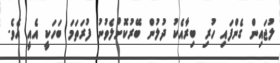
ލުޖައިން ގެންފައި ހުރި ބިރާއެކު ދުލުން ބޭރުކޮށްލެވުނު ފުރަތަމަ ބަހަކީ އެއީ އެވެ.